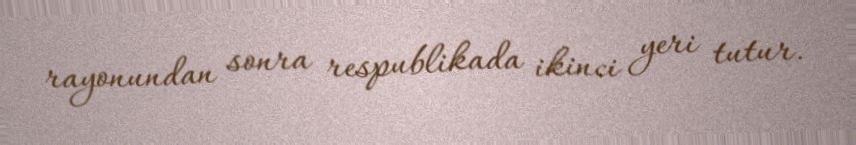
rayonundan sonra respublikada ikinci yeri tutur.